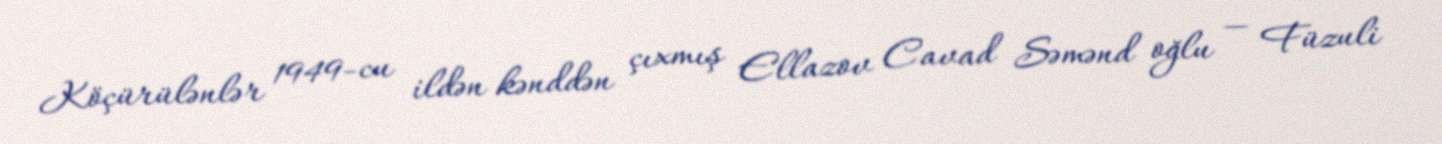
Köçürülənlər 1949-cu ildən kənddən çıxmış Ellazov Cavad Səmənd oğlu — Füzuli